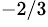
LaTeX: ^{-2/3}